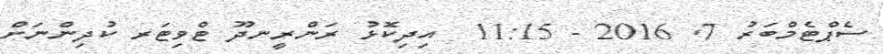
ސެޕްޓެމްބަރު 7